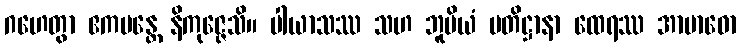
ဂဟေတွာ ဧကမန္တေ နိကုဇ္ဇေသိ။ ပါယာသဿ သဟ ဘူမိယံ ပတိဋ္ဌာနာ ထေရဿ အာဗာဓော